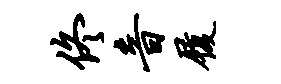
佟音履